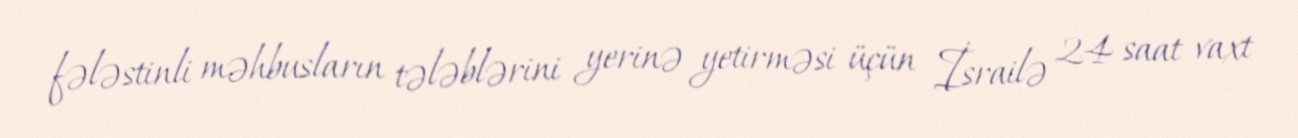
fələstinli məhbusların tələblərini yerinə yetirməsi üçün İsrailə 24 saat vaxt